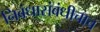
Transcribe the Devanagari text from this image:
निबंधासंबंधीचाच